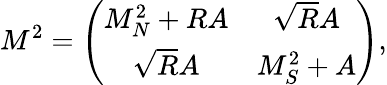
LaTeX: M^{2}=\left(\begin{array}{cc}{{M_{N}^{2}+RA}}&{{\sqrt{R}A}}\\ {{\sqrt{R}A}}&{{M_{S}^{2}+A}}\end{array}\right),